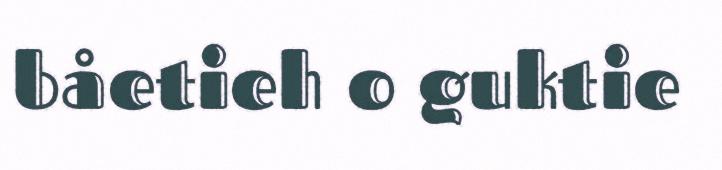
båetieh o guktie